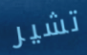
تشير